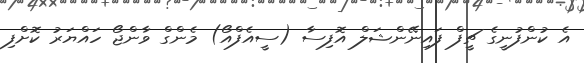
އެ ކުންފުނީގެ ޗީފް ފައިނޭންޝަލް އޮފިސާ (ސީއެފްއޯ) މެންގް ވާންޖޯ ހައްޔަރު ކޮށްފި